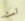
لست